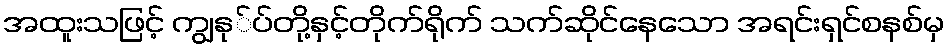
အထူးသဖြင့် ကျွနု်ပ်တို့နှင့်တိုက်ရိုက် သက်ဆိုင်နေသော အရင်းရှင်စနစ်မှ